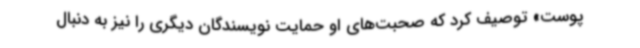
‌پوست» توصیف کرد که صحبت‌های او حمایت نویسندگان دیگری را نیز به دنبال